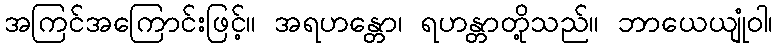
အကြင်အကြောင်းဖြင့်။ အရဟန္တော၊ ရဟန္တာတို့သည်။ ဘာယေယျုံဝါ၊